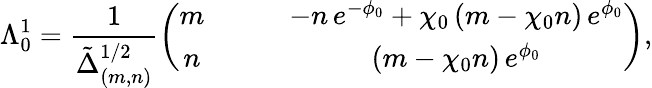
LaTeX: \Lambda_{0}^{1}=\frac{1}{\tilde{\Delta}_{(m,n)}^{1/2}}\left(\begin{array}{cc}{{m\qquad}}&{{-n\, e^{-\phi_{0}}+\chi_{0}\, (m-\chi_{0}n)\, e^{\phi_{0}}}}\\ {{n\qquad}}&{{(m-\chi_{0}n)\, e^{\phi_{0}}}}\end{array}\right),